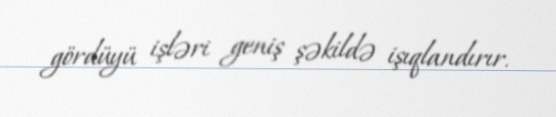
gördüyü işləri geniş şəkildə işıqlandırır.